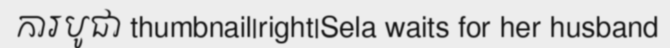
ការបូជា thumbnail|right|Sela waits for her husband